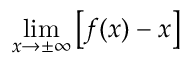
\operatorname* { l i m } _ { x \to \pm \infty } \left[ f ( x ) - x \right]